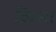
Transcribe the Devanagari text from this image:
क्रिस्त